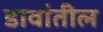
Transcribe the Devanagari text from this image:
डावांतील